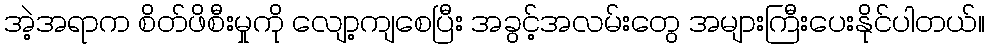
အဲ့အရာက စိတ်ဖိစီးမှုကို လျော့ကျစေပြီး အခွင့်အလမ်းတွေ အများကြီးပေးနိုင်ပါတယ်။